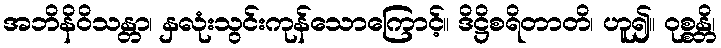
အဘိနိဝိသန္တာ၊ နှလုံးသွင်းကုန်သောကြောင့်။ ဒိဋ္ဌိစရိတာတိ၊ ဟူ၍။ ဝုစ္စန္တိ၊